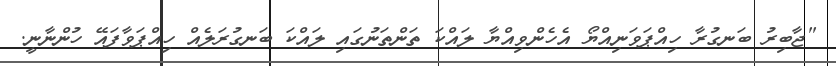
"ޖާބިރު ބަނގުރާ ހިއްޕަވަނިއްޔޯ އެހެންވިއްޔާ ލައްކަ ތަންތަނުގައި ލައްކަ ބަނގުރަލެއް ހިއްޕަވާފައޭ ހުންނާނީ.